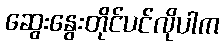
ဆွေးနွေးတိုင်ပင်လိုပါက